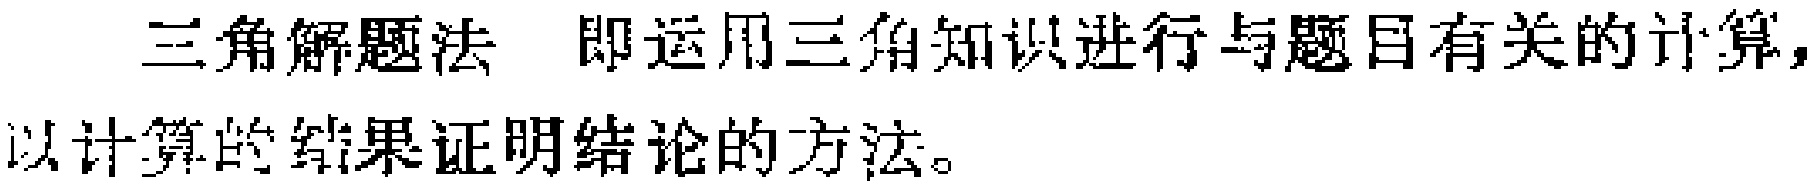
三角解题法 即运用三角知识进行与题目有关的计算，以计算的结果证明结论的方法。